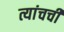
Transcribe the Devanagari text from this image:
त्यांचची